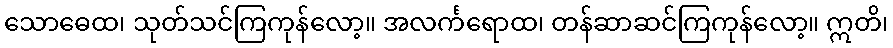
သောဓေထ၊ သုတ်သင်ကြကုန်လော့။ အလင်္ကရောထ၊ တန်ဆာဆင်ကြကုန်လော့။ ဣတိ၊